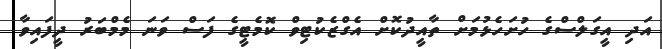
އަދި އީގަލްސްގެ ހުށަހެޅުމަށް ތާއީދުކޮށް އެގްޒެކުޓިވް ކޮމެޓީގެ ފަސް ވަނަ މެމްބަރު ދީފައިވާ